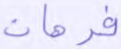
فرهان